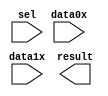
module MUX4 (
	data0x,
	data1x,
	sel,
	result);

	input	[3:0]  data0x;
	input	[3:0]  data1x;
	input	  sel;
	output	[3:0]  result;

endmodule